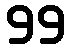
99